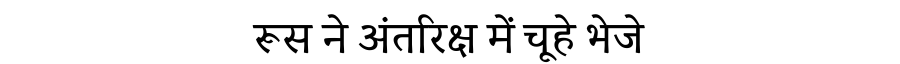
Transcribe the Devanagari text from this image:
रूस ने अंतरिक्ष में चूहे भेजे